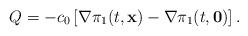
LaTeX: \begin{align*} Q =-c_0\left[\nabla \pi_1(t,{\bf x})-\nabla\pi_1(t,{\bf 0})\right].\end{align*}